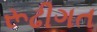
રૂઢીગત